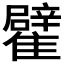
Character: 𩁊